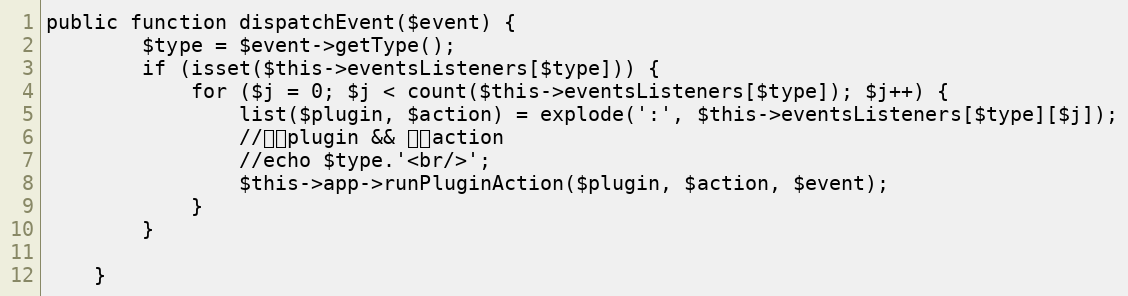
Language: PHP
public function dispatchEvent($event) {
		$type = $event->getType();
		if (isset($this->eventsListeners[$type])) {
			for ($j = 0; $j < count($this->eventsListeners[$type]); $j++) {
				list($plugin, $action) = explode(':', $this->eventsListeners[$type][$j]);
				//加载plugin && 调用action
				//echo $type.'<br/>';
				$this->app->runPluginAction($plugin, $action, $event);
			}
		}

	}